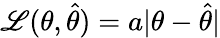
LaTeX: \mathscr{L}(\theta,{\widehat{{\theta}}})=a|\theta-{\widehat{{\theta}}}|